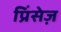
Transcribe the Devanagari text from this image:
प्रिंसेज़